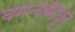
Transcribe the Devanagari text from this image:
घमन्यांमधून